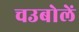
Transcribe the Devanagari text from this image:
चउबोलें